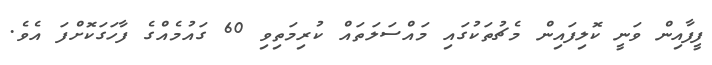
ފީފާއިން ވަނީ ކޮލިފައިން މެޗުތަކުގައި މައްސަލަތައް ކުރިމަތިވި 60 ގައުމެއްގެ ފާހަގަކޮށްފަ އެވެ.